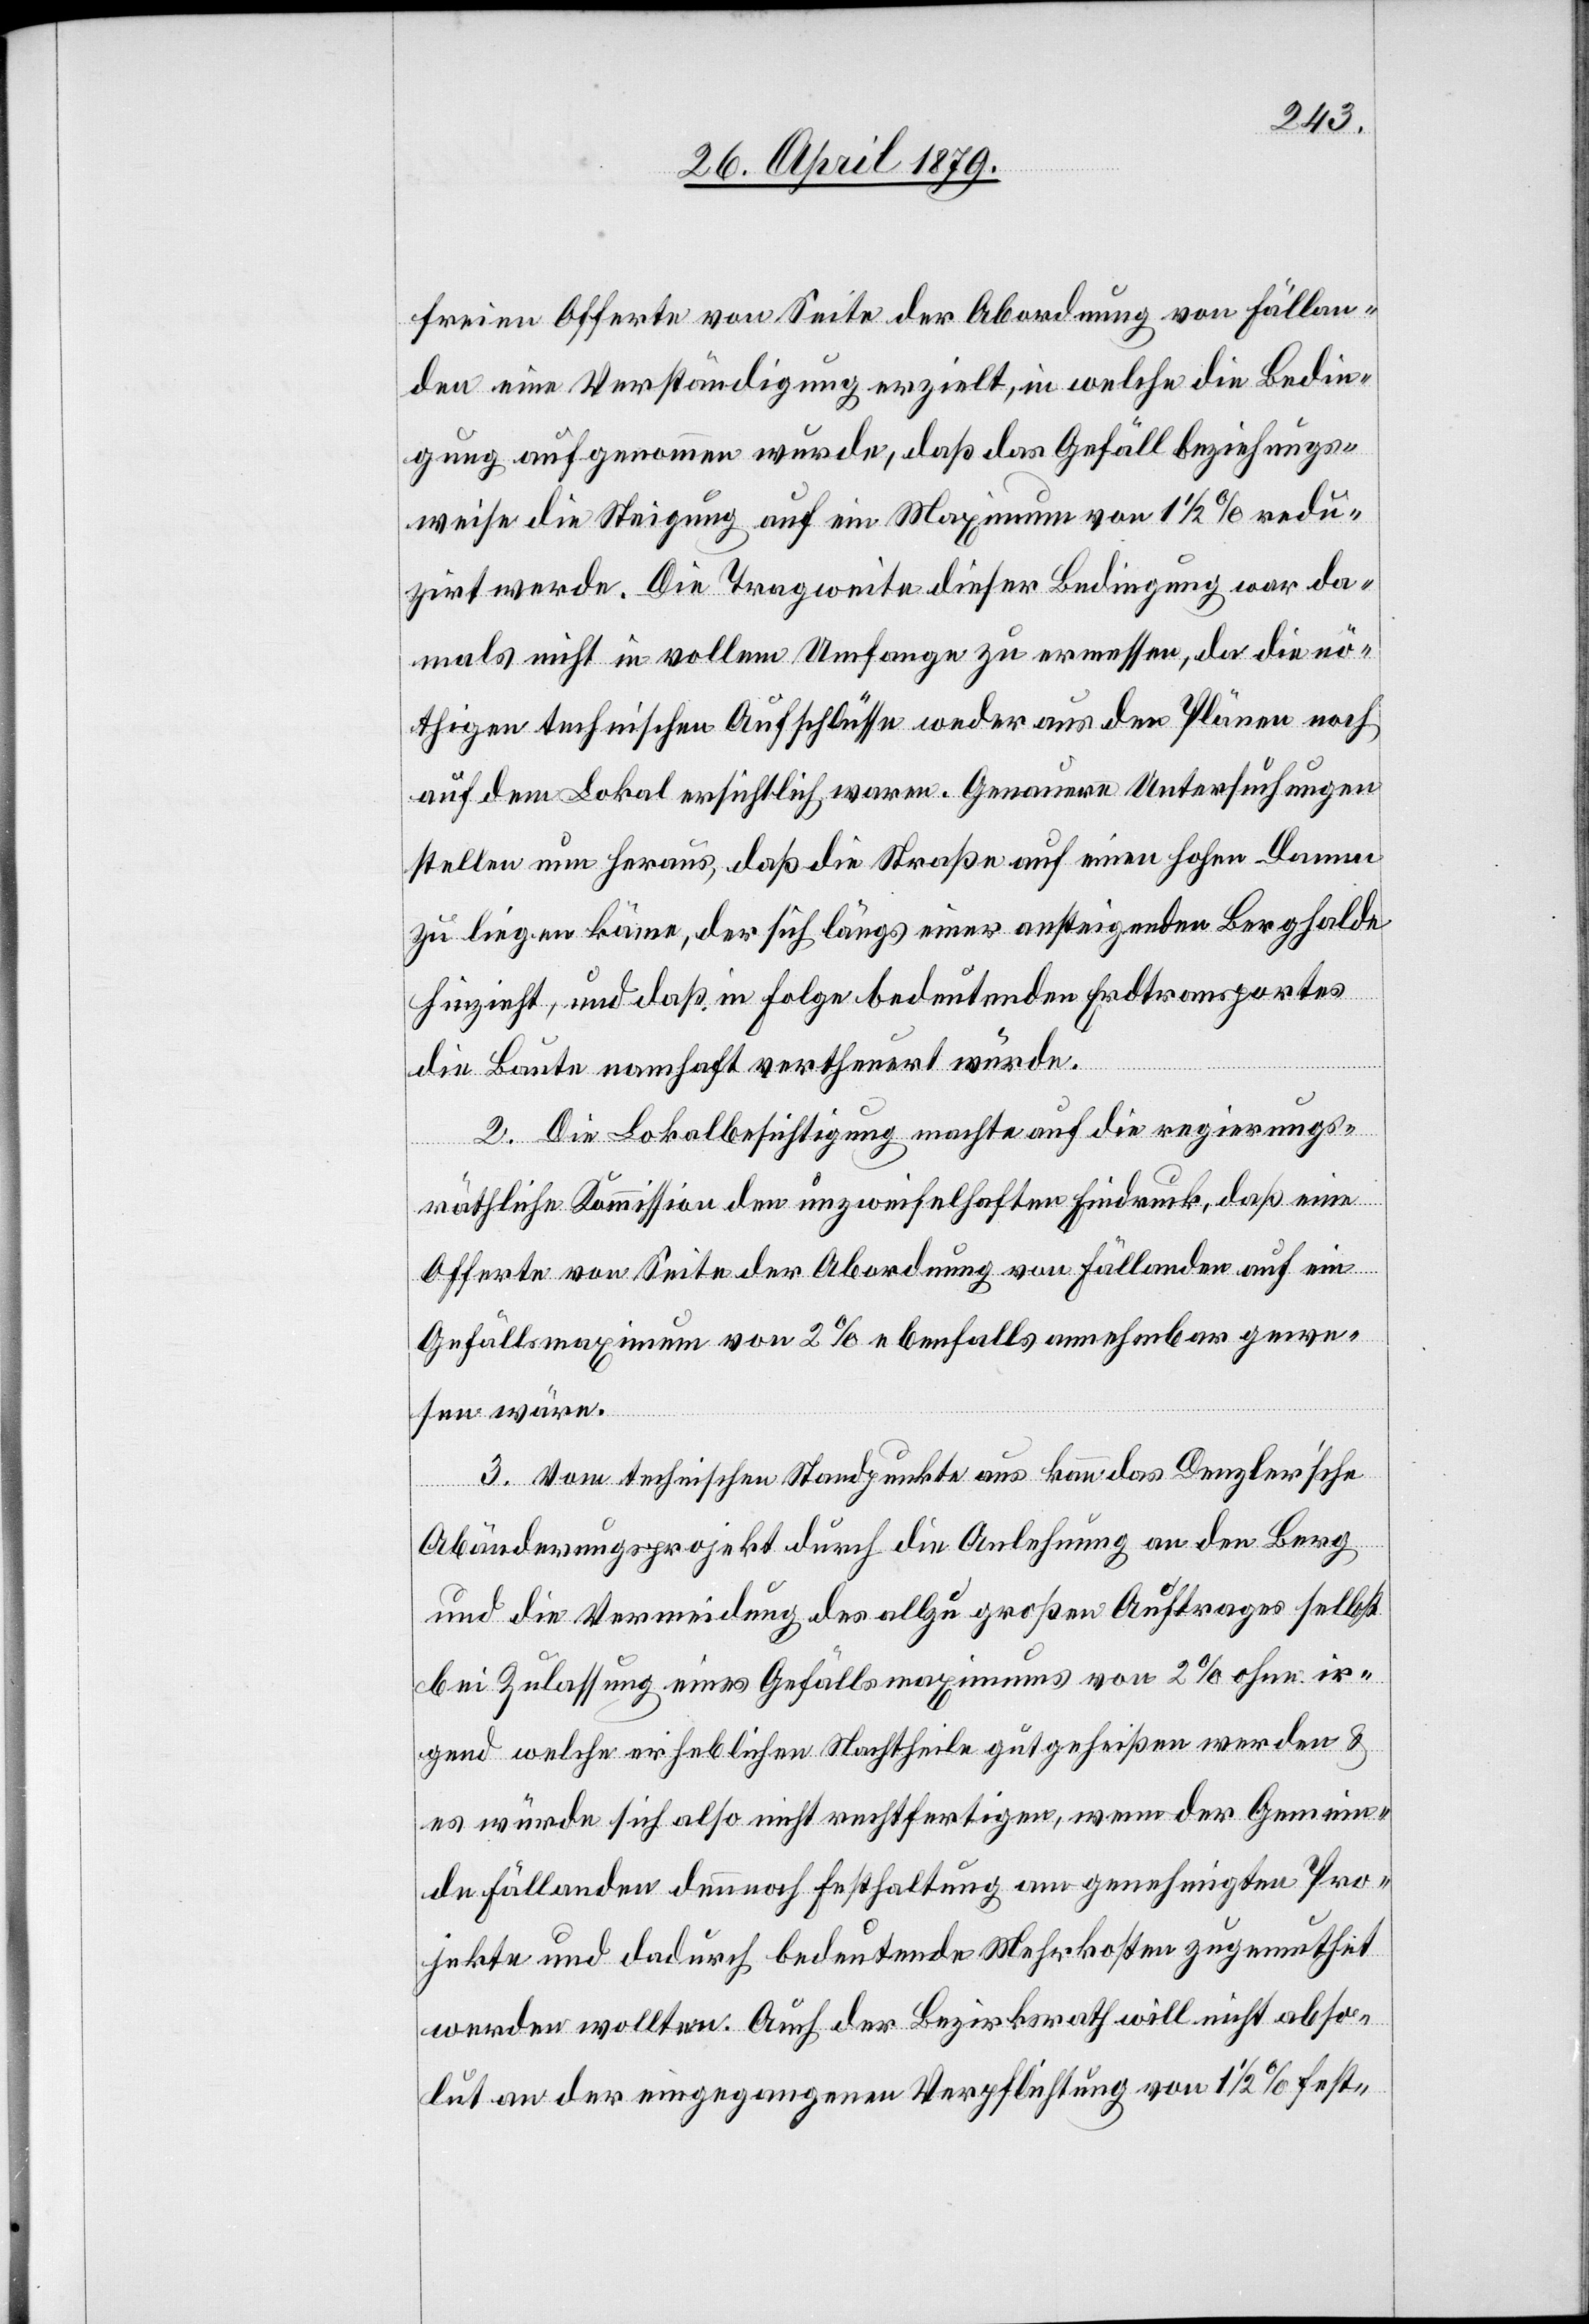
freien Offerte von Seite der Abordnung von Fällan¬
den eine Verständigung erzielt, in welche die Bedin¬
gung aufgenommen wurde, daß das Gefäll beziehungs¬
weise die Steigung auf ein Maximum von 1 1/2% redu¬
zirt werde. Die Tragweite dieser Bedingung war da¬
mals nicht in vollem Umfange zu ermessen, da die nö¬
thigen technischen Aufschlüsse weder aus den Plänen noch
auf dem Lokal ersichtlich waren. Genauere Untersuchungen
stellen nun heraus, daß die Straße auf einen hohen Damm
zu liegen käme, der sich längs einer ansteigenden Berghalde
hinzieht, und daß in Folge bedeutenden Erdtransportes
die Baute namhaft vertheuert würde.
2. Die Lokalbesichtigung machte auf die regierungs¬
räthliche Kommission den unzweifelhaften Eindruck, daß eine
Offerte von Seite der Abordnung von Fällanden auf ein
Gefällsmaximum von 2% ebenfalls annehmbar gewe¬
sen wäre.
3. Vom technischen Standpunkte aus kann das Denzler’sche
Abänderungsprojekt durch die Anlehnung an den Berg
und die Vermeidung des allzu großen Auftrages selbst
bei Zulassung eines Gefällsmaximums von 2% ohne ir¬
gend welche erheblichen Nachtheile gutgeheißen werden &
es würde sich also nicht rechtfertigen, wenn der Gemein¬
de Fällanden dennnoch Festhaltung am genehmigten Pro¬
jekte und dadurch bedeutende Mehrkosten zugemuthet
werden wollten. Auch der Bezirksrath will nicht abso¬
lut an der eingegangenen Verpflichtung von 1 1/2% fest-